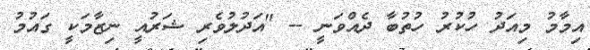
އިމާމު މިއަދު ހުކުރު ހުތުބާ ދެއްވަނީ -- "އަދުލުވެރި ޝަރުއީ ނިޒާމަކީ ގައުމު